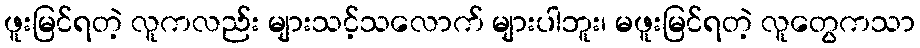
ဖူးမြင်ရတဲ့ လူကလည်း များသင့်သလောက် များပါဘူး၊ မဖူးမြင်ရတဲ့ လူတွေကသာ